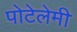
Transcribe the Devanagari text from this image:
पोटेलेमी